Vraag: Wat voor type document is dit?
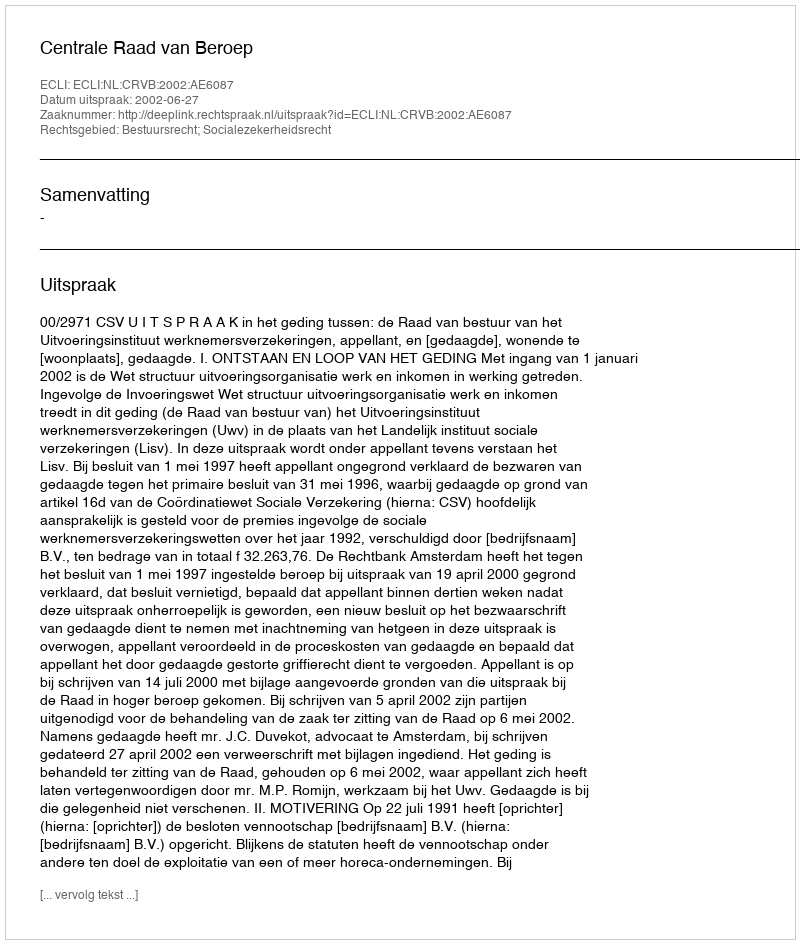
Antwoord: Uitspraak